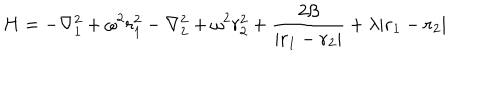
H = - \nabla _ { 1 } ^ { 2 } + \omega ^ { 2 } r _ { 1 } ^ { 2 } - \nabla _ { 2 } ^ { 2 } + \omega ^ { 2 } r _ { 2 } ^ { 2 } + { \frac { 2 \beta } { | { \bf r } _ { 1 } - { \bf r } _ { 2 } | } } + \lambda | { \bf r } _ { 1 } - { \bf r } _ { 2 } |